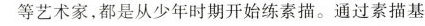
等艺术家，都是从少年时期开始练素描。通过素描基